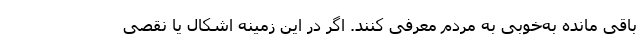
باقی مانده به‌خوبی به مردم معرفی کنند. اگر در این زمینه اشکال یا نقصی